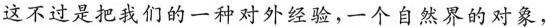
这不过是把我们的一种对外经验，一个自然界的对象，